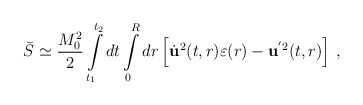
\begin{align*}\bar S \simeq \frac{M_{0}^2}{2}\int\limits_{t_1}^{t_2}dt\int\limits_{0}^{R}dr\left [\dot{\bf u}^2(t,r)\varepsilon(r)-{\bf u}^{'2}(t,r)\right ]\,{,}\end{align*}